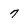
Character: 7